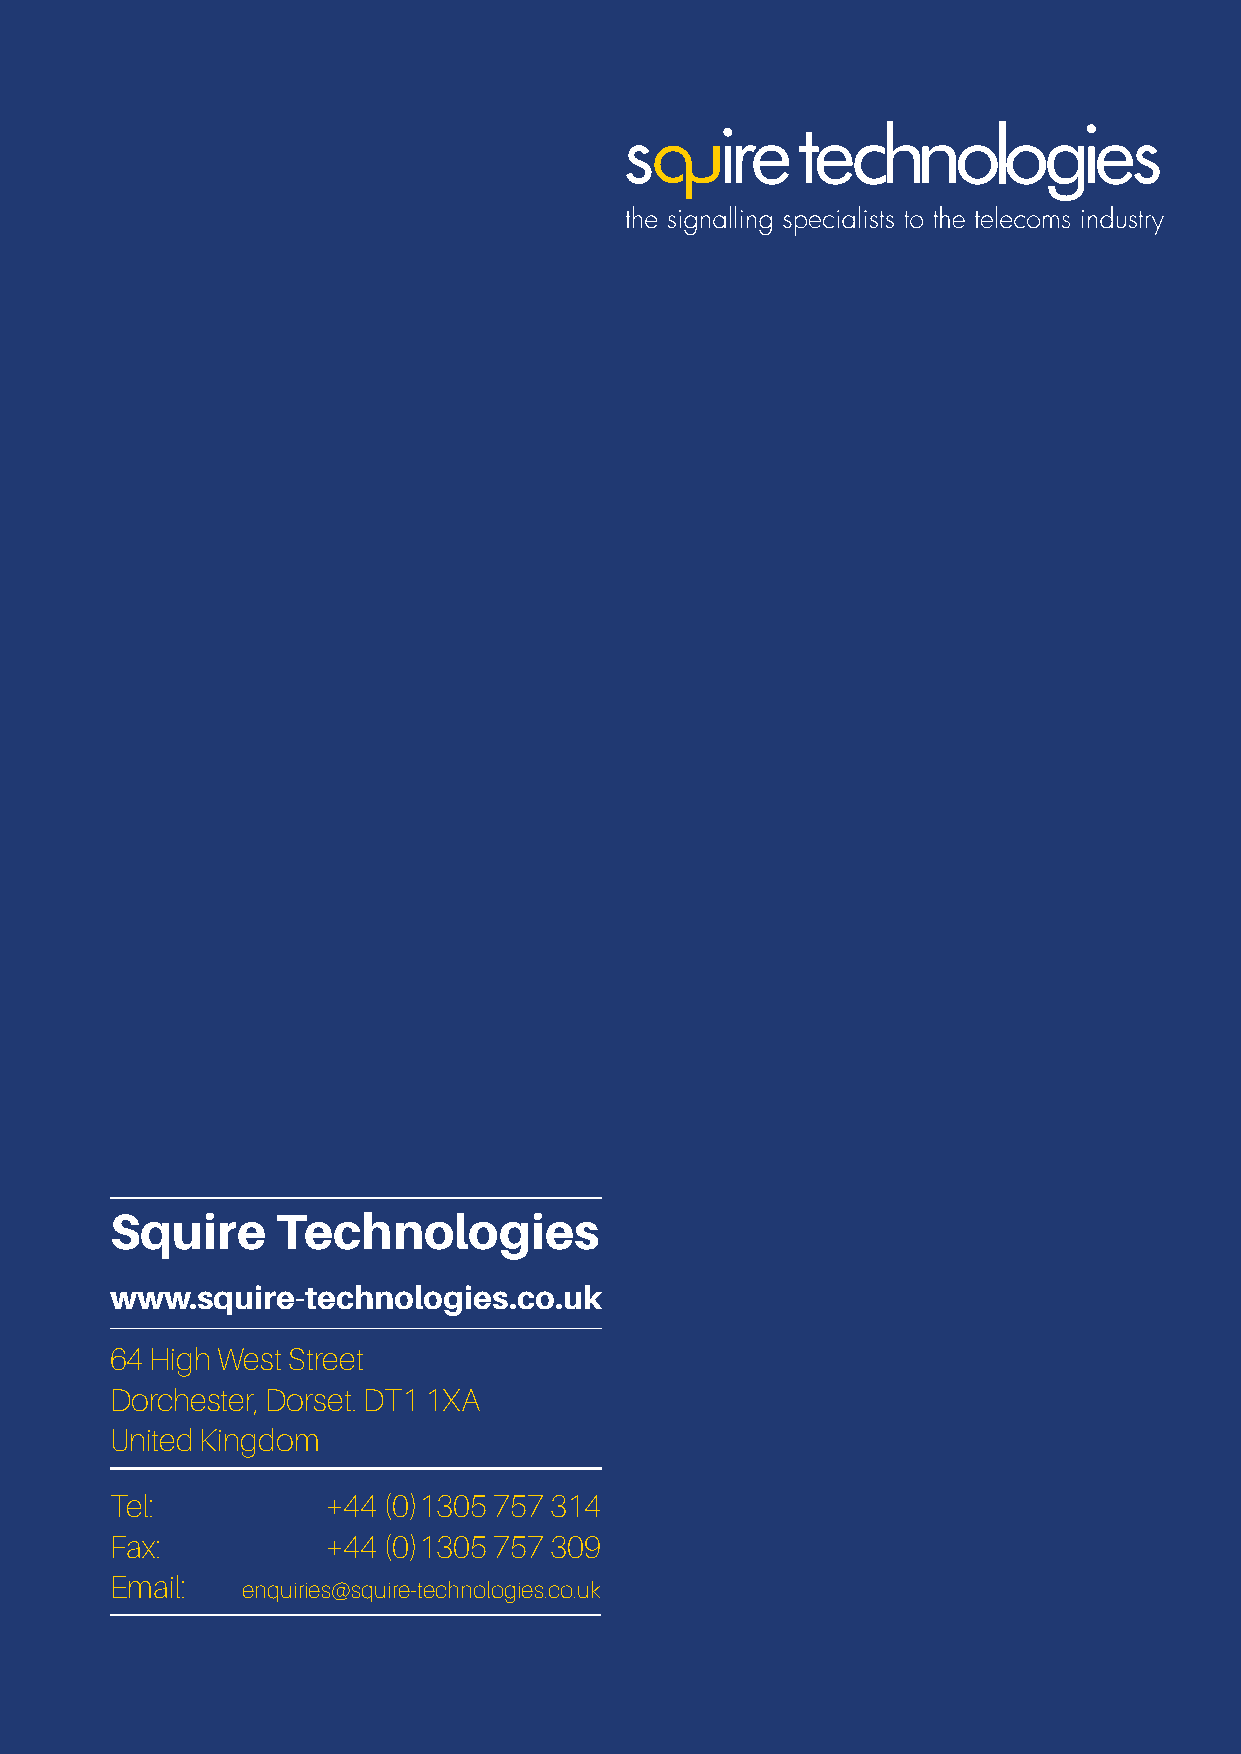
Squire     Technologies
 www.squire-technologies.co.uk
 64 High West Street
 Dorchester, Dorset. DT1 1XA
 United Kingdom
 Tel:           +44 (0)1305 757 314
 Fax:           +44 (0)1305 757 309
 Email:   enquiries@squire-technologies.co.uk
 www.squire-technologies.co.uk